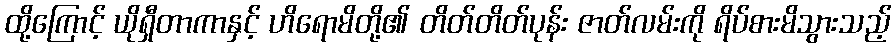
ထို့ကြောင့် ယိုရှီတာကာနှင့် ဟိရောမိတို့၏ တိတ်တိတ်ပုန်း ဇာတ်လမ်းကို ရိပ်စားမိသွားသည့်